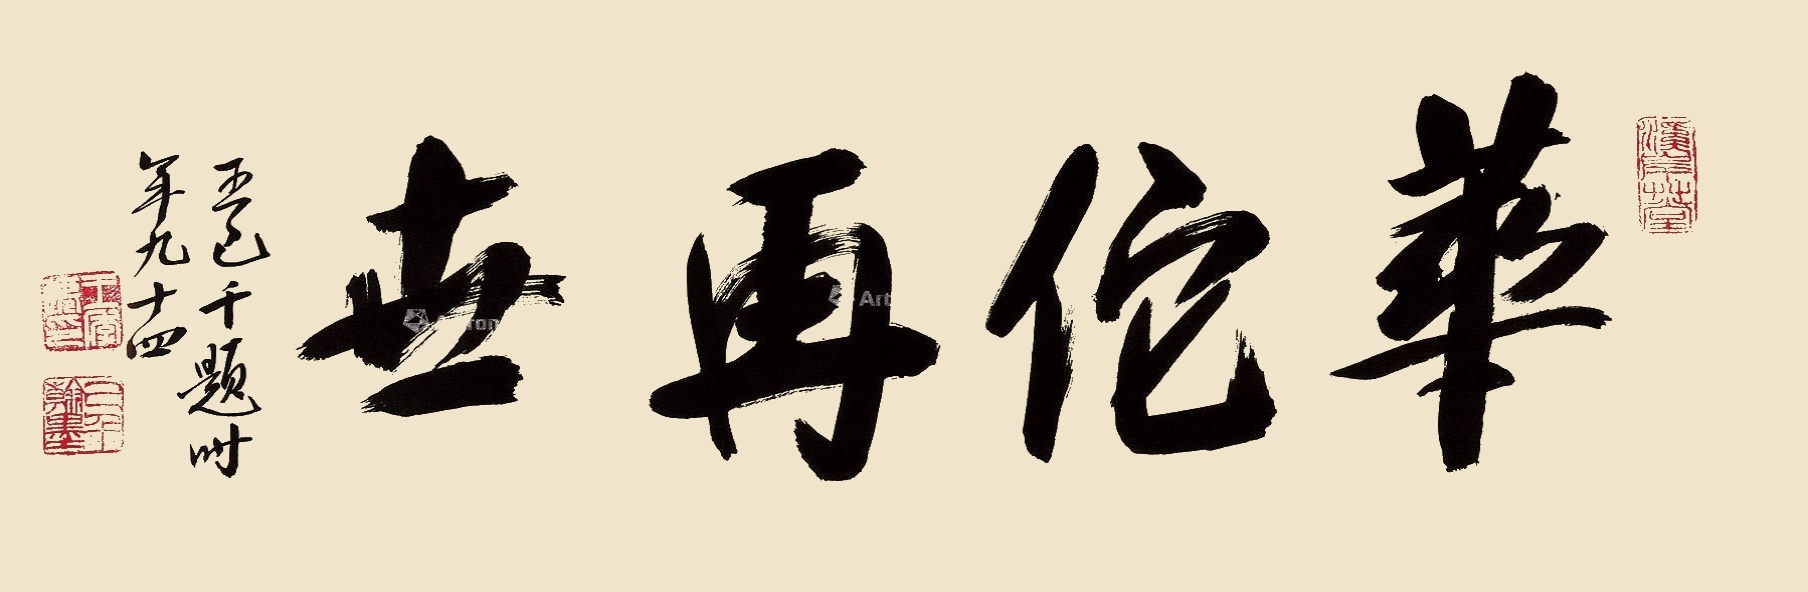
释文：华佗再世王己千题时年九十四。